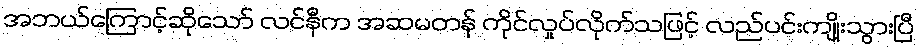
အဘယ်ကြောင့်ဆိုသော် လင်နီက အဆမတန် ကိုင်လှုပ်လိုက်သဖြင့် လည်ပင်းကျိုးသွားပြီ